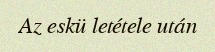
Az eskü letétele után